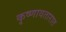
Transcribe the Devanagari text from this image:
कृष्णावतारात